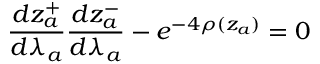
\frac { d z _ { a } ^ { + } } { d \lambda _ { a } } \frac { d z _ { a } ^ { - } } { d \lambda _ { a } } - e ^ { - 4 \rho ( z _ { a } ) } = 0